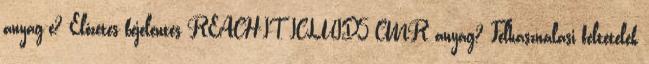
anyag-e? Előzetes bejelentés REACH-IT, ICLUID5 CMR anyag? Felhasználási feltételek